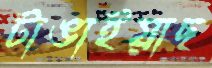
টাঙাইয়াছ